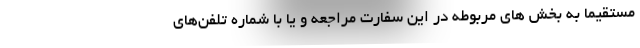
مستقیما به بخش های مربوطه در این سفارت مراجعه و یا با شماره تلفن‌های